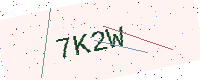
Text: 7K2W